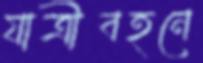
যাত্রীবহনে